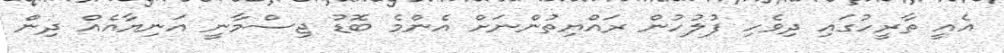
އެއީ ތާރީހުގައި ދިވެހި ފުލުހުން ރައްޔިތުންނަށް އެންމެ ބޮޑު ޖިސްމާނީ އަނިޔާއެއް ދިން